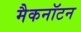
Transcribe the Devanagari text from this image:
मैकनॉटन